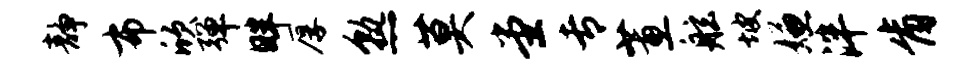
静布欣弹畔厚熟莫堂专蕙舷坡嫌泮肯